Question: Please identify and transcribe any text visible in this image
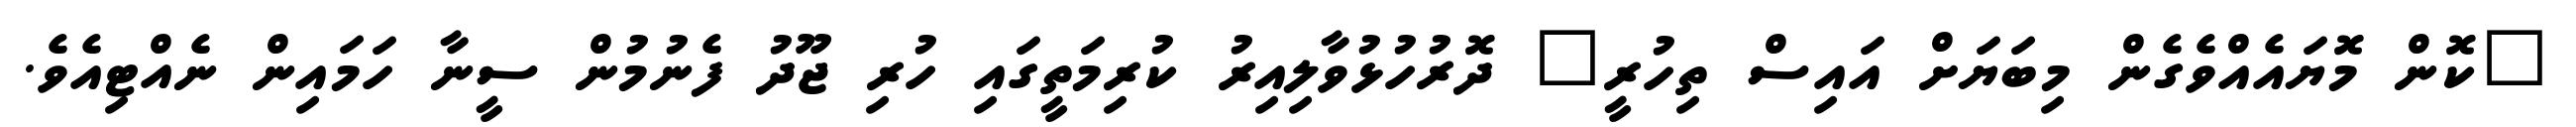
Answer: "ކޮން މޮޔައެއްވެގެން މިބަޔަށް އައިސް ތިހުރީ" ދޮރުހުޅުވާލިއިރު ކުރިމަތީގައި ހުރި ޖޫދު ފެނުމުން ސީނާ ހަމައިން ނެއްޓިއެވެ.